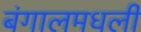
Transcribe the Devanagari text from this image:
बंगालमधली